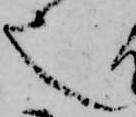
也